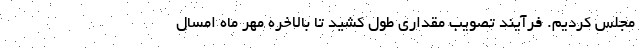
مجلس کردیم. فرآیند تصویب مقداری طول کشید تا بالاخره مهر ماه امسال